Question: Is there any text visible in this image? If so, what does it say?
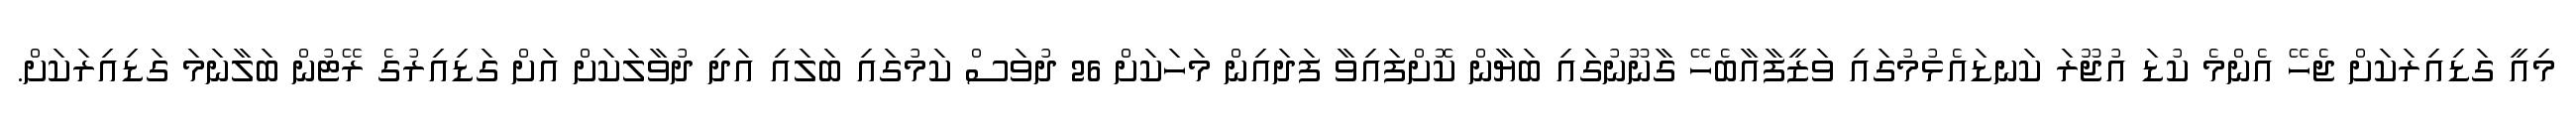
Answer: މިއީ ގަޑިއިރަކަށް ޖެހޭ އެންމެ ކުޑަ އުޖޫރަ ކަނޑައެޅުމުގައި ވަޒީފާއާބެހޭ ގާނޫނުގައި ބަޔާން ކޮށްފައިވާ ފަދައިން މަހަކަށް 26 ދުވަސް ކަމުގައި ބަލައި އަދި ދުވާލަކަށް އަށް ގަޑިއިރުގެ ރޭޓުން ބަލާނަމަ ގަޑިއިރަކަށް.